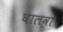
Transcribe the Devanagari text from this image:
घालवा